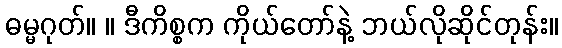
ဓမ္မဂုတ်။ ။ ဒီကိစ္စက ကိုယ်တော်နဲ့ ဘယ်လိုဆိုင်တုန်း။